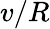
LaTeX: v/R